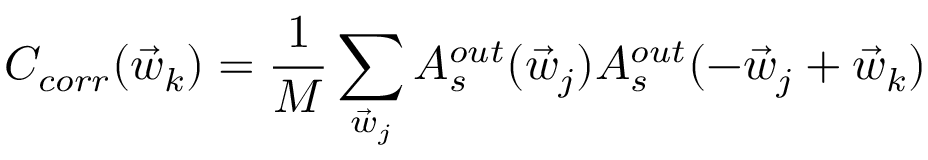
C _ { c o r r } ( \vec { w } _ { k } ) = \frac { 1 } { M } \sum _ { \vec { w } _ { j } } A _ { s } ^ { o u t } ( \vec { w } _ { j } ) A _ { s } ^ { o u t } ( - \vec { w } _ { j } + \vec { w } _ { k } )